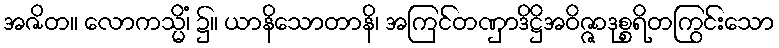
အဇိတ။ လောကသ္မိံ၊ ၌။ ယာနိသောတာနိ၊ အကြင်တဏှာဒိဋ္ဌိအဝိဇ္ဇာဒုစ္စရိတကြွင်းသော